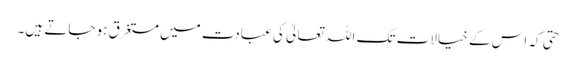
حتی کہ اس کے خیالات تک اللہ تعالیٰ کی عبادت میں مستغرق ہو جاتے ہیں۔